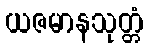
ယဇမာနသုတ္တံ